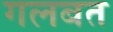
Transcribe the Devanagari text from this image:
गलबत